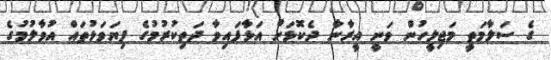
ގެ ސަލާމަތީ މަޖިލީހުން ވަނީ އީރާނާ ދެކޮޅަށް އަޅާފައިވާ ދަތިކުރުމުގެ ފިޔަވަޅުތައް އުވާލުމުގެ